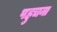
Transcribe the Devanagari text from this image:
पहुचना